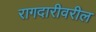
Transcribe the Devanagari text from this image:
रागदारीवरील